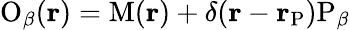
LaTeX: {{{\mathrm O}}_{\beta}}(\mathbf{r})=\mathrm{M}(\mathbf{r})+\delta(\mathbf{r}-{{\mathbf{r}}_{\mathrm P}}){{\mathrm P}_{\beta}}